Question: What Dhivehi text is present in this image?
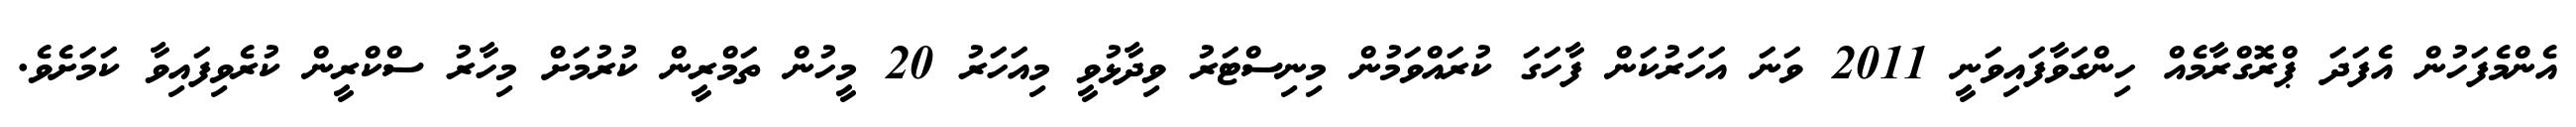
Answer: އެންމެފަހުން އެފަދަ ޕްރޮގްރާމެއް ހިންގަވާފައިވަނީ 2011 ވަނަ އަހަރުކަން ފާހަގަ ކުރައްވަމުން މިނިސްޓަރު ވިދާޅުވީ މިއަހަރު 20 މީހުން ތަމްރީން ކުރުމަށް މިހާރު ސްކްރީން ކުރެވިފައިވާ ކަމަށެވެ.